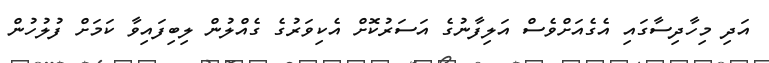
އަދި މިހާދިސާގައި އެގެއަށްވެސް އަލިފާނުގެ އަސަރުކޮށް އެކިވަރުގެ ގެއްލުން ލިބިފައިވާ ކަމަށް ފުލުހުން